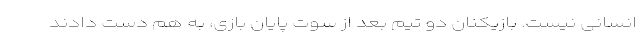
انسانی نیست. بازیکنان دو تیم بعد از سوت پایان بازی، به هم دست دادند